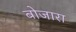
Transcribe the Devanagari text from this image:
बोजारा